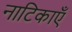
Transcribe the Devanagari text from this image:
नाटिकाएँ